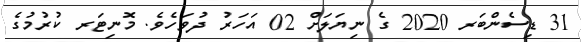
31 ޑިސެންބަރ 2020 ގެ ނިޔަލަށް 02 އަހަރު ދުވަހެވެ. މޮނިޓަރ ކުރުމުގެ